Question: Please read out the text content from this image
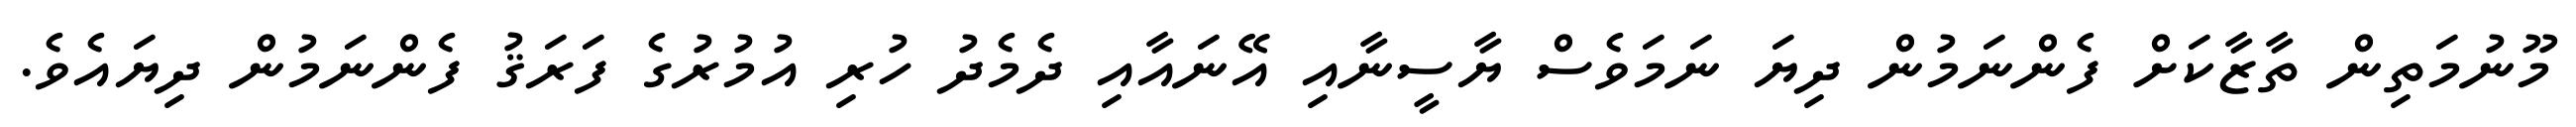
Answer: މޫނުމަތިން ތާޒާކަށް ފެންނަމުން ދިޔަ ނަމަވެސް ޔާސީނާއި އޭނައާއި ދެމެދު ހުރި އުމުރުގެ ފަރަޤު ފެންނަމުން ދިޔައެވެ.